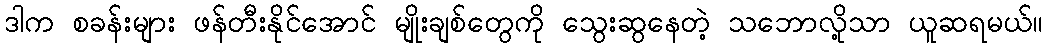
ဒါက စခန်းများ ဖန်တီးနိုင်အောင် မျိုးချစ်တွေကို သွေးဆွနေတဲ့ သဘောလို့သာ ယူဆရမယ်။